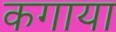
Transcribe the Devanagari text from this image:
कगाया